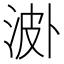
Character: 𣵝